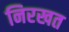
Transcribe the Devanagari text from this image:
निरखत